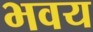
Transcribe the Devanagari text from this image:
भवय